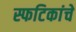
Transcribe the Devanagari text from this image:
स्फटिकांचे